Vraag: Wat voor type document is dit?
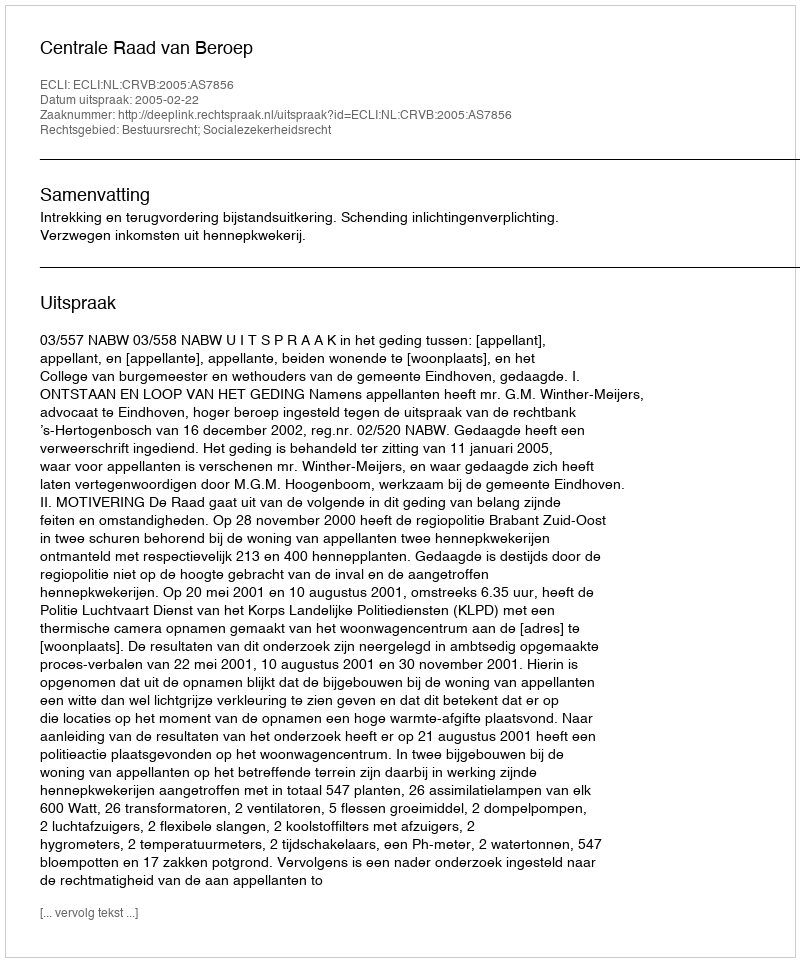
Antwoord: Uitspraak